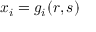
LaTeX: x _ { i } = g _ { i } ( r , s )